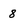
Character: 8